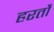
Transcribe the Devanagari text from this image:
हरतौ